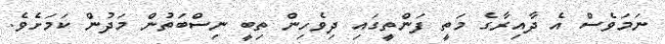
ނަމަވެސް އެ ދާއިރާގެ މަތީ ފަންތީގައި ދިވެހިން ތިބީ ނިސްބަތުން މަދުން ކަމަށެވެ.